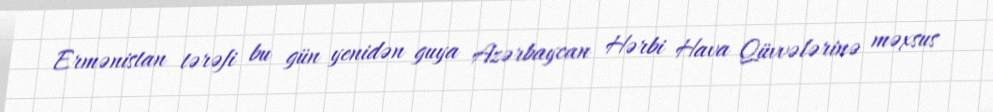
Ermənistan tərəfi bu gün yenidən guya Azərbaycan Hərbi Hava Qüvvələrinə məxsus